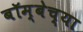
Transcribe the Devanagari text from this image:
बॉम्बेच्या